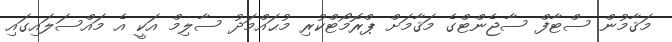
މަޤާމުން ސްޓާފް ސާޖެންޓްގެ މަޤާމަށް ޕްރޮމޯޓްކުރި މުޙައްމަދު ސާލިމް އަކީ އެ މައްސަލައިގައި